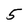
Character: 5